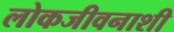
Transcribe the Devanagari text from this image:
लोकजीवनाशी